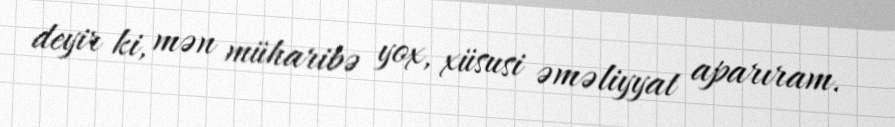
deyir ki, mən müharibə yox, xüsusi əməliyyat aparıram.